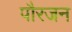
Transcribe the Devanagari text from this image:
पौरजन